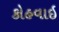
કોહવાઇ